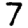
Digit: 7